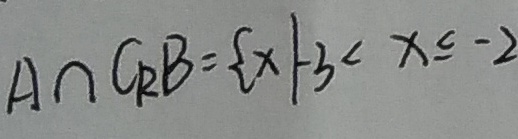
A \cap C _ { R } B = \{ x \vert - 3 < x \leq - 2